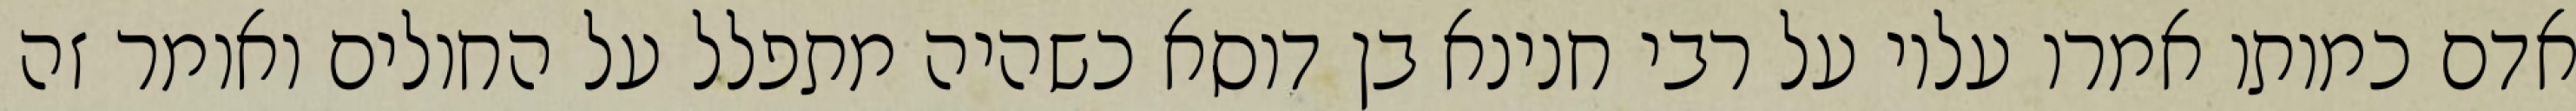
אדם כמותו אמרו עליו על רבי חנינא בן דוסא כשהיה מתפלל על החולים ואומר זה